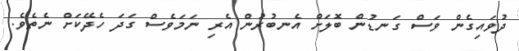
ދުވައިގެން ވަސް ގަނޑުން ބޮލަށް އެނބުރުން އެރި ނަމަވެސް ގަދަ ހެދޭކަށް ނެތެވެ.